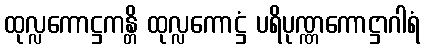
ထုလ္လကောဋ္ဌကန္တိ ထုလ္လကောဋ္ဌံ ပရိပုဏ္ဏကောဋ္ဌာဂါရံ